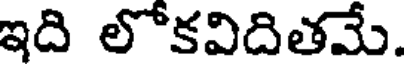
ఇది లోకవిదితమే.